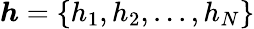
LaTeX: \boldsymbol{h}=\{ h_{1},h_{2},...,h_{N}\}